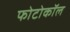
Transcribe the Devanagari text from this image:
फोटोकॉल